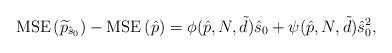
LaTeX: \begin{align*} \begin{aligned} {\rm MSE}\left( {\widetilde p_{\hat s_0}} \right) -{\rm MSE}\left( {\hat {p}} \right) & = \phi(\hat p,N, \tilde d){\hat s_0} + \psi(\hat p,N, \tilde d){\hat s_0}^2, \end{aligned}\end{align*}